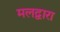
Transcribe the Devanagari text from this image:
मलद्वारा